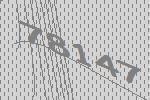
78147